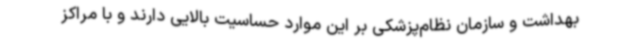
بهداشت و سازمان نظام‌پزشکی بر این موارد حساسیت بالایی دارند و با مراکز